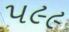
૫૯૯